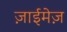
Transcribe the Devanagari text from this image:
ज़ाईमेज़